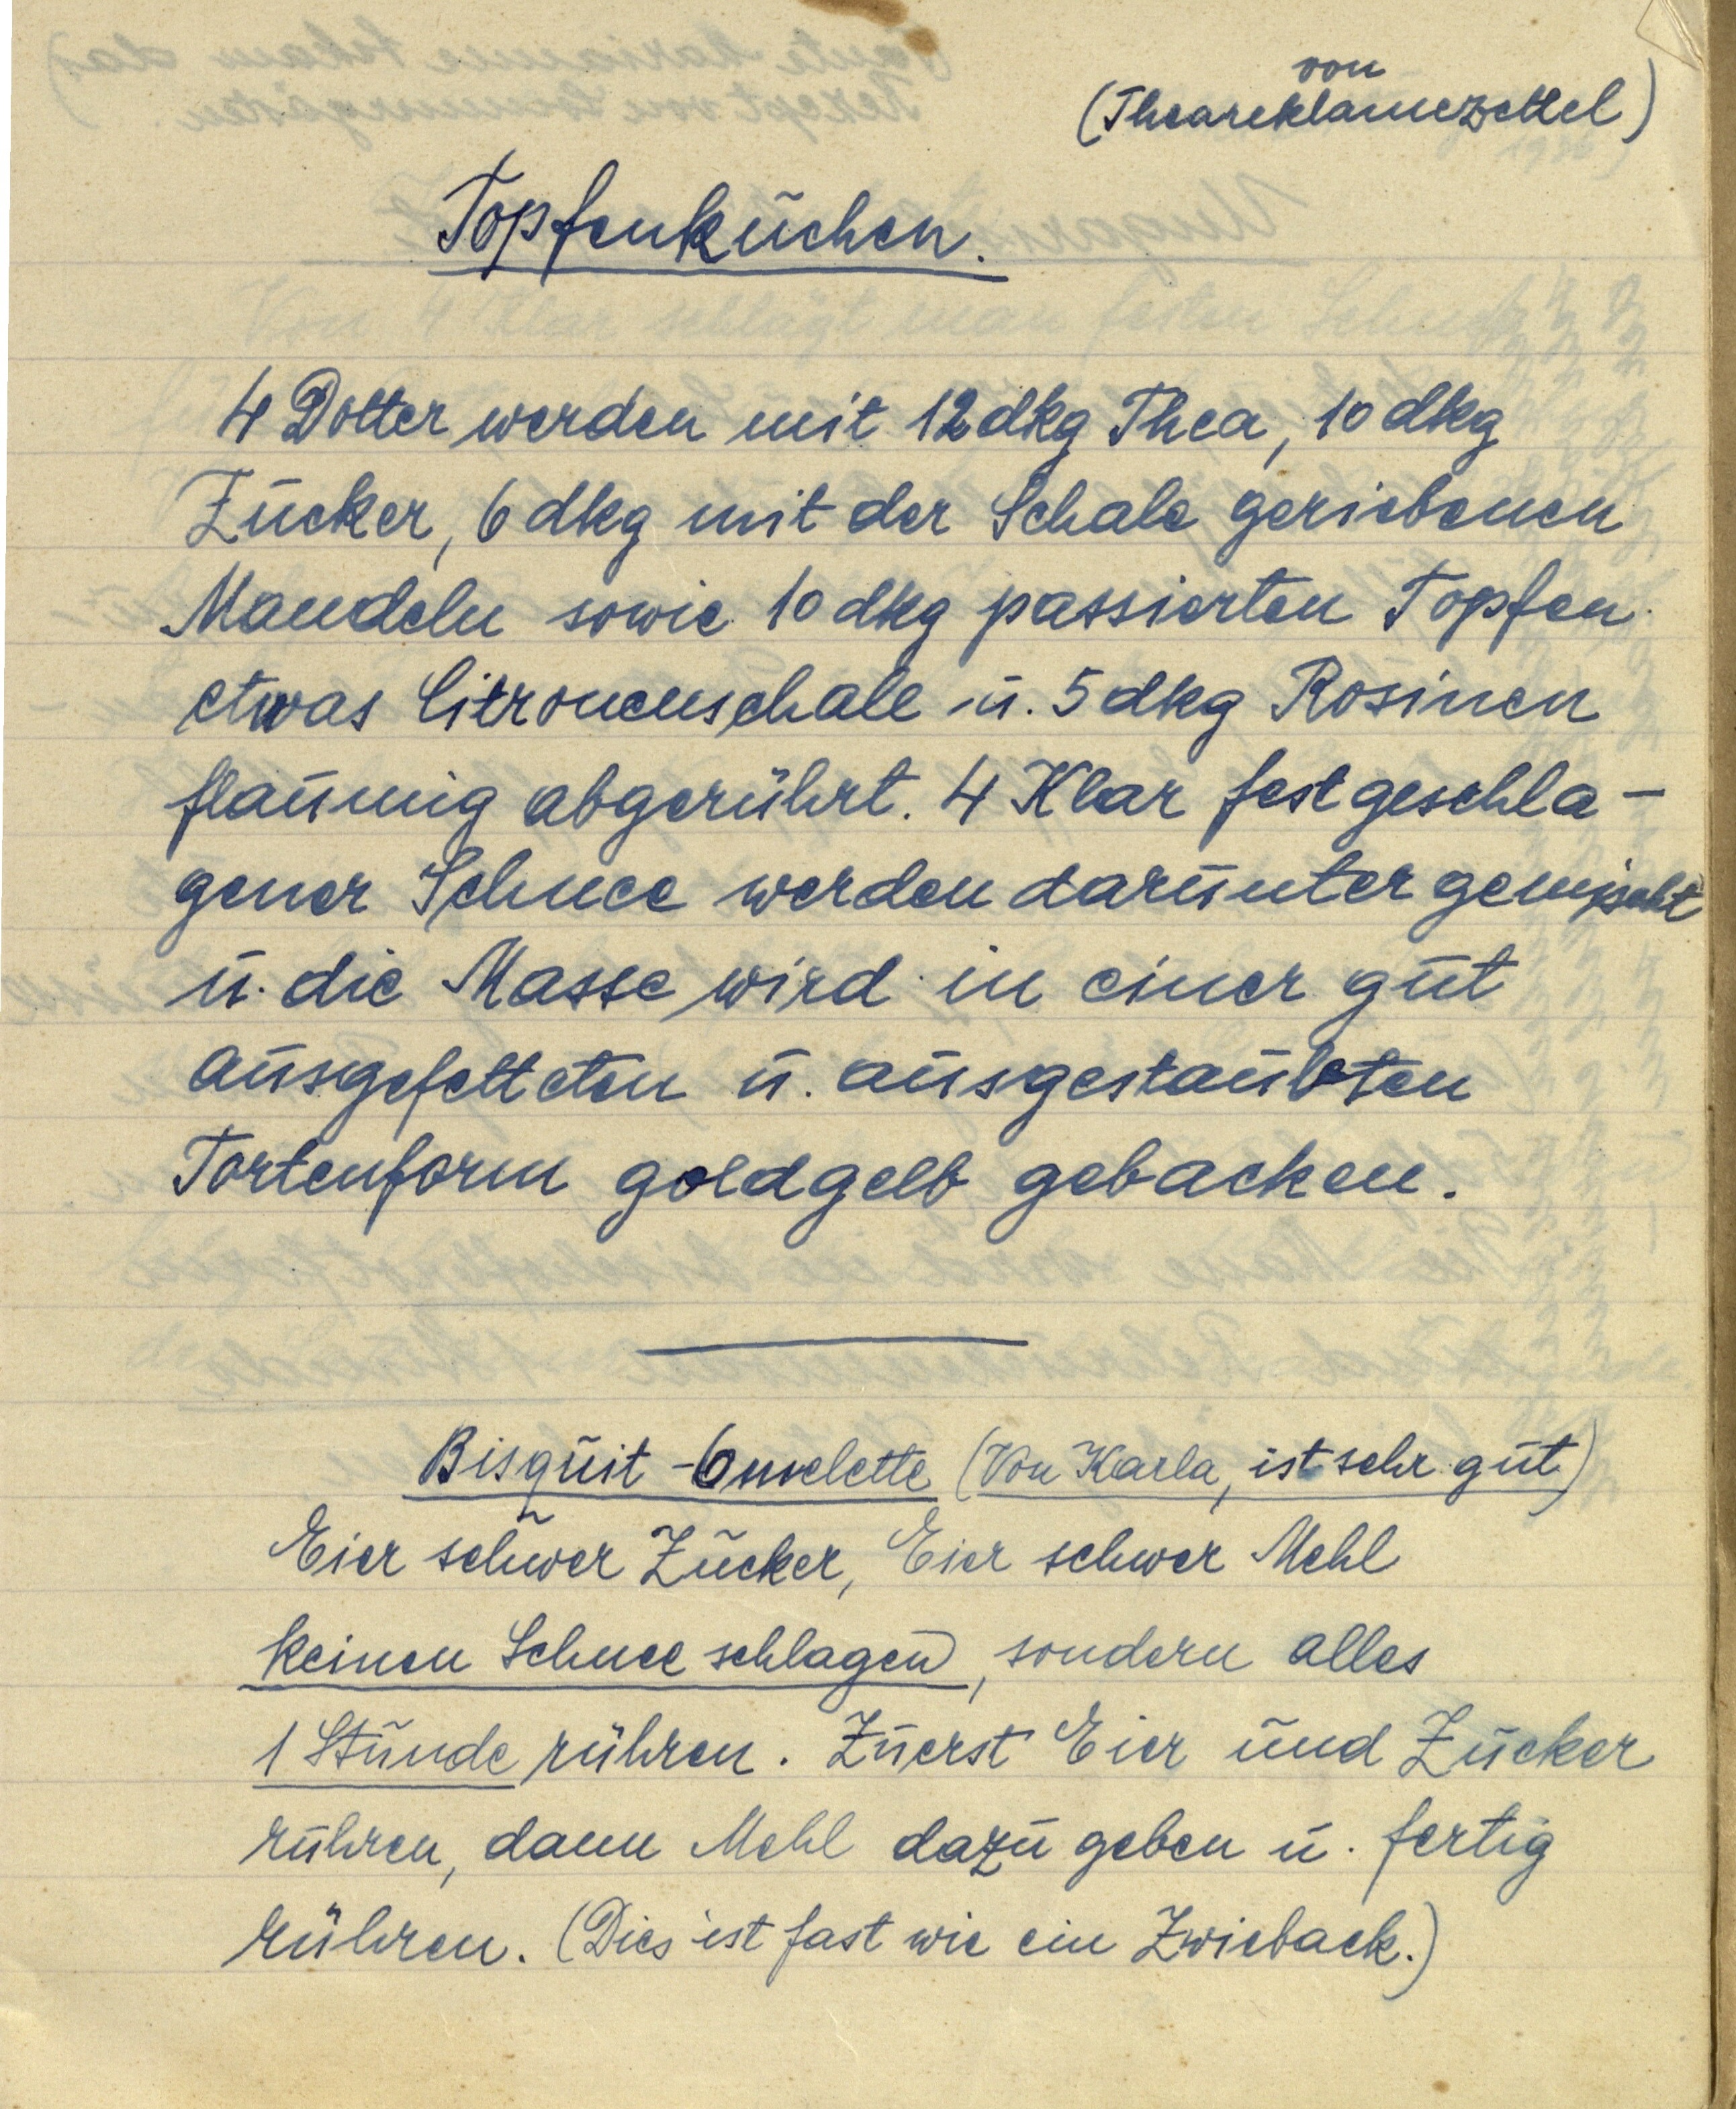
(von
Theareklamezettel)

Topfenkuchen.

4 Dotter werden mit 12 dkg Thea, 10 dkg
Zucker, 6 dkg mit der Schale geriebenen
Mandeln sowie 10 dkg passierten Topfen
etwas Citronenschale u. 5 dkg Rosinen
flaumig abgerührt. 4 Klar festgeschla¬
gener Schnee werden darunter gemischt
u. die Masse wird in einer gut
ausgefetteten u. ausgestaubten
Tortenform goldgelb gebacken.

Bisquit — Omelette (Von Karla, ist sehr gut)
Eier schwer Zucker, Eier schwer Mehl
keinen Schnee schlagen, sondern alles
1 Stunde rühren. Zuerst Eier und Zucker
rühren, dann Mehl dazu geben u. fertig
rühren. (Dies ist fast wie ein Zwieback.)